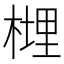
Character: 榸